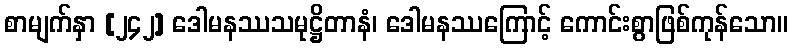
စာမျက်နှာ [၂၄၂] ဒေါမနဿသမုဋ္ဌိတာနံ၊ ဒေါမနဿကြောင့် ကောင်းစွာဖြစ်ကုန်သော။